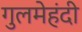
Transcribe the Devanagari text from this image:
गुलमेहंदी